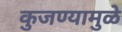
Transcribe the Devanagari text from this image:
कुजण्यामुळे